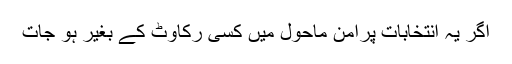
اگر یہ انتخابات پُرامن ماحول میں کسی رکاوٹ کے بغیر ہو جات